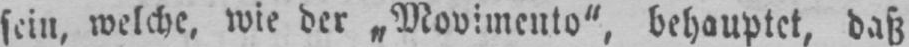
behauptet, daß